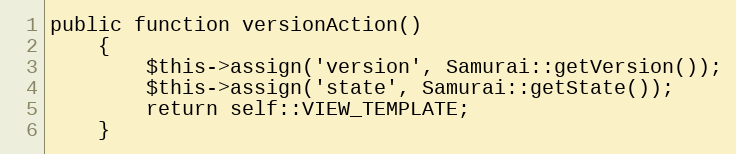
Language: PHP
public function versionAction()
    {
        $this->assign('version', Samurai::getVersion());
        $this->assign('state', Samurai::getState());
        return self::VIEW_TEMPLATE;
    }